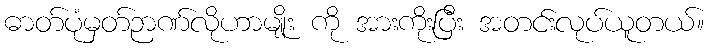
ဓာတ်ပုံမှတ်ဉာဏ်လိုဟာမျိုး ကို အားကိုးပြီး အတင်းလုပ်ယူတယ်။